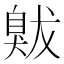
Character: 𦤚